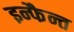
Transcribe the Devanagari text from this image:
इन्फैन्त